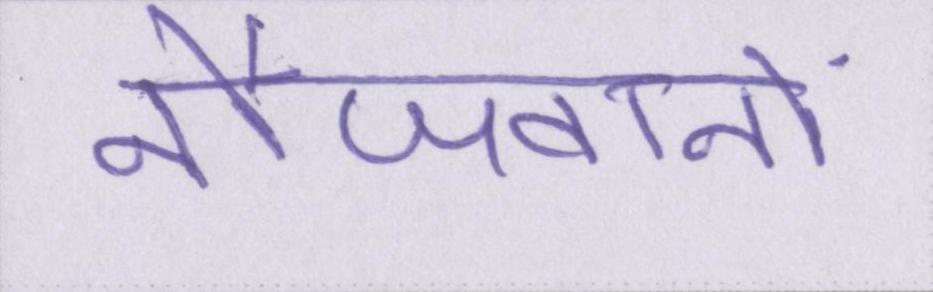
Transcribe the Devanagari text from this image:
नौजवानों